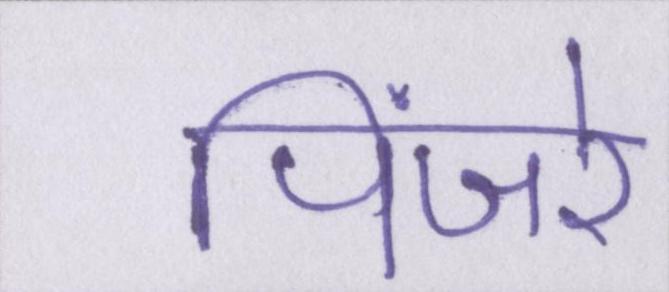
पिंजरे